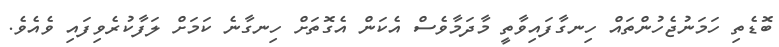
ބޮޑެތި ހަމަނުޖެހުންތައް ހިނގާފައިވާތީ މާދަމާވެސް އެކަން އެގޮތަށް ހިނގާނެ ކަމަށް ލަފާކުރެވިފައި ވެއެވެ.